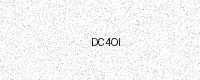
Text: DC4OI